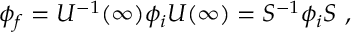
\phi _ { f } = U ^ { - 1 } ( \infty ) \phi _ { i } U ( \infty ) = S ^ { - 1 } \phi _ { i } S ~ ,